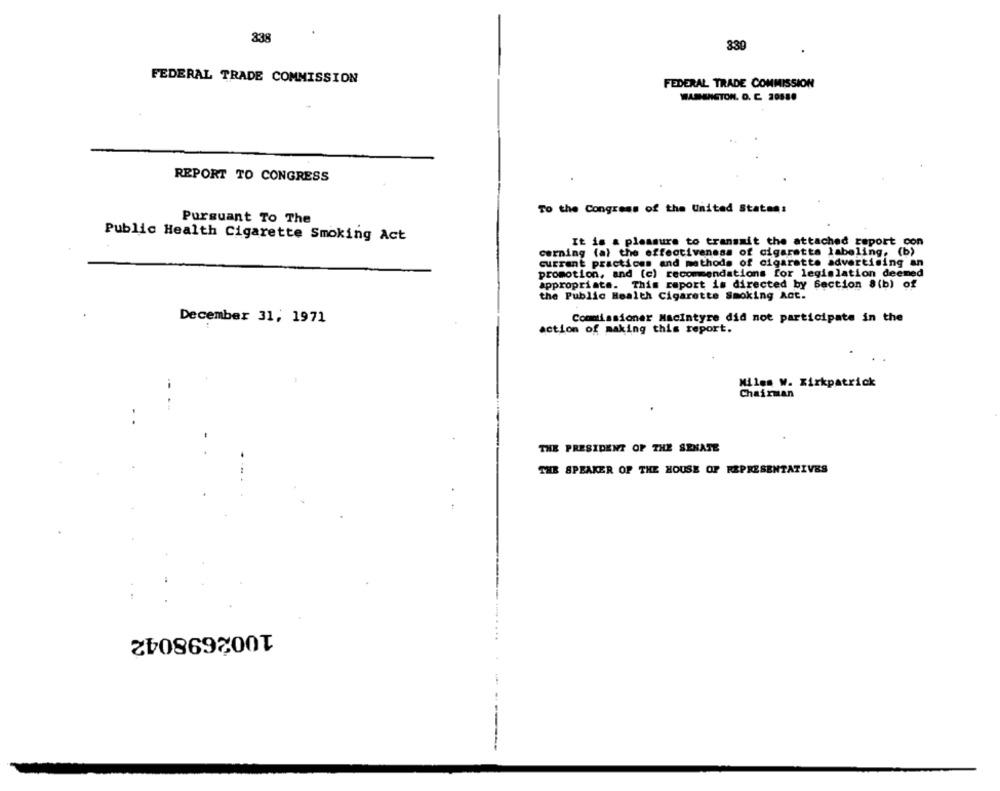
338
339
FEDERAL TRADE COMMISSION
FEDERAL TRADE COMMISSION
WASSMETON. O. C. 20580
REPORT TO CONGRESS
To the Congress of the United States:
Pursuant To The
Public Health Cigarette Smoking Act
It is a pleasure to transmit the attached report con
corning (a) the effectiveness of cigarette labeling. (b)
current practices and methods of cigarette advertising an
promotion, and (c) recommendations for legislation deemed
appropriate. This report is directed by Section 8(b) of
the Public Health Cigarette Smoking Act.
December 31, 1971
Commissioner Macintyre did not participate in the
action of making this report.
Miles W. Kirkpatrick
Chairman
.
THE PRESIDENT OF THE SENATE
THE SPEAKER OF THE HOUSE OF REPRESENTATIVES
1002698042